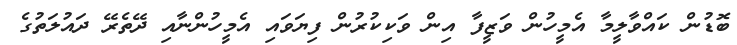
ބޮޑުން ކައްވާލީމާ އެމީހުން ވަޒީފާ އިން ވަކިކުރުން ފިޔަވައި އެމީހުންނާއި ދޭތެރޭ ދައުލަތުގެ